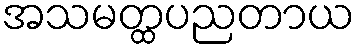
အသမတ္ထပညတာယ